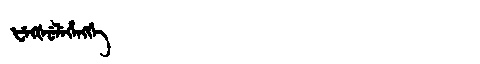
Manchu: ᡶᡝᡴᡧᡠᠯᡝᡥᡝᠩᡤᡝ
Romanization: FEKŠULEHENGGE